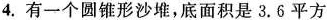
4.有一个圆锥形沙堆，底面积是3.6平方